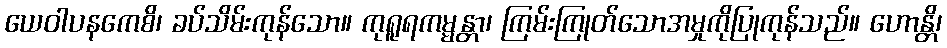
ယေဝါပနကေစိ၊ ခပ်သိမ်းကုန်သော။ ကုရူရကမ္မန္တာ၊ ကြမ်းကြုတ်သောအမှုကိုပြုကုန်သည်။ ဟောန္တိ၊